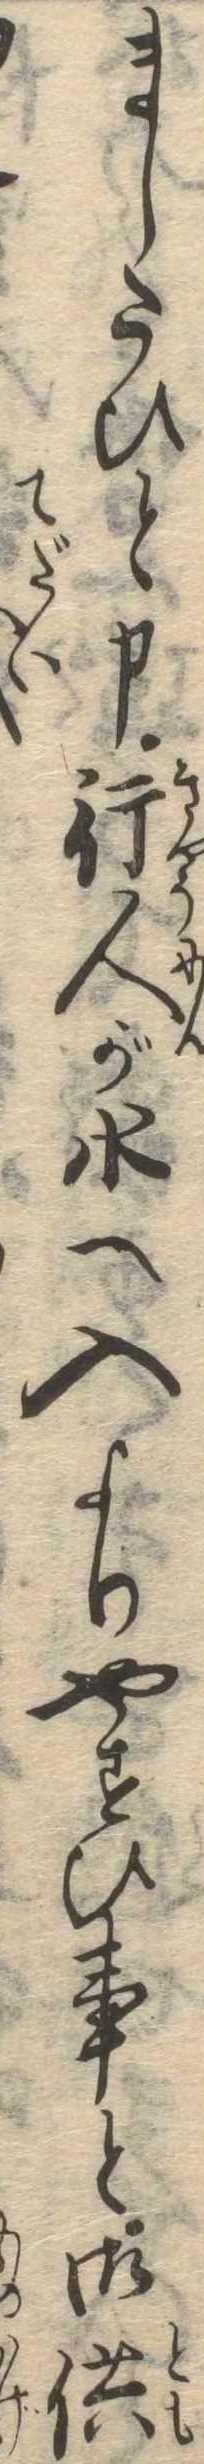
ましたひと申行人が水へ入よりやすひ事と御供